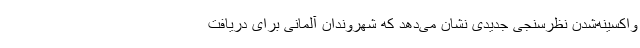
واکسینه‌شدن نظرسنجی جدیدی نشان‌ می‌دهد که شهروندان آلمانی برای دریافت